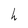
Character: h